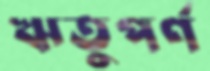
ঋতুপর্ণ